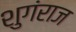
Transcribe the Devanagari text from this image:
शुगंराज